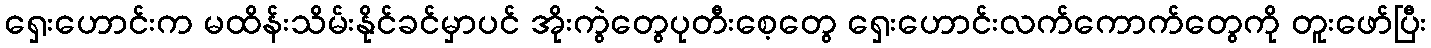
ရှေးဟောင်းက မထိန်းသိမ်းနိုင်ခင်မှာပင် အိုးကွဲတွေပုတီးစေ့တွေ ရှေးဟောင်းလက်ကောက်တွေကို တူးဖော်ပြီး